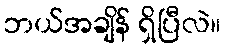
ဘယ်အချိန် ရှိပြီလဲ။